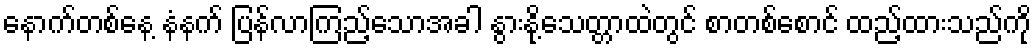
နောက်တစ်နေ့ နံနက် ပြန်လာကြည့်သောအခါ နွားနို့သေတ္တာထဲတွင် စာတစ်စောင် ထည့်ထားသည်ကို